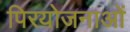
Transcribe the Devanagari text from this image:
पिरयोजनाओं